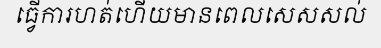
ធ្វើការហត់ហើយមានពេលសេសសល់